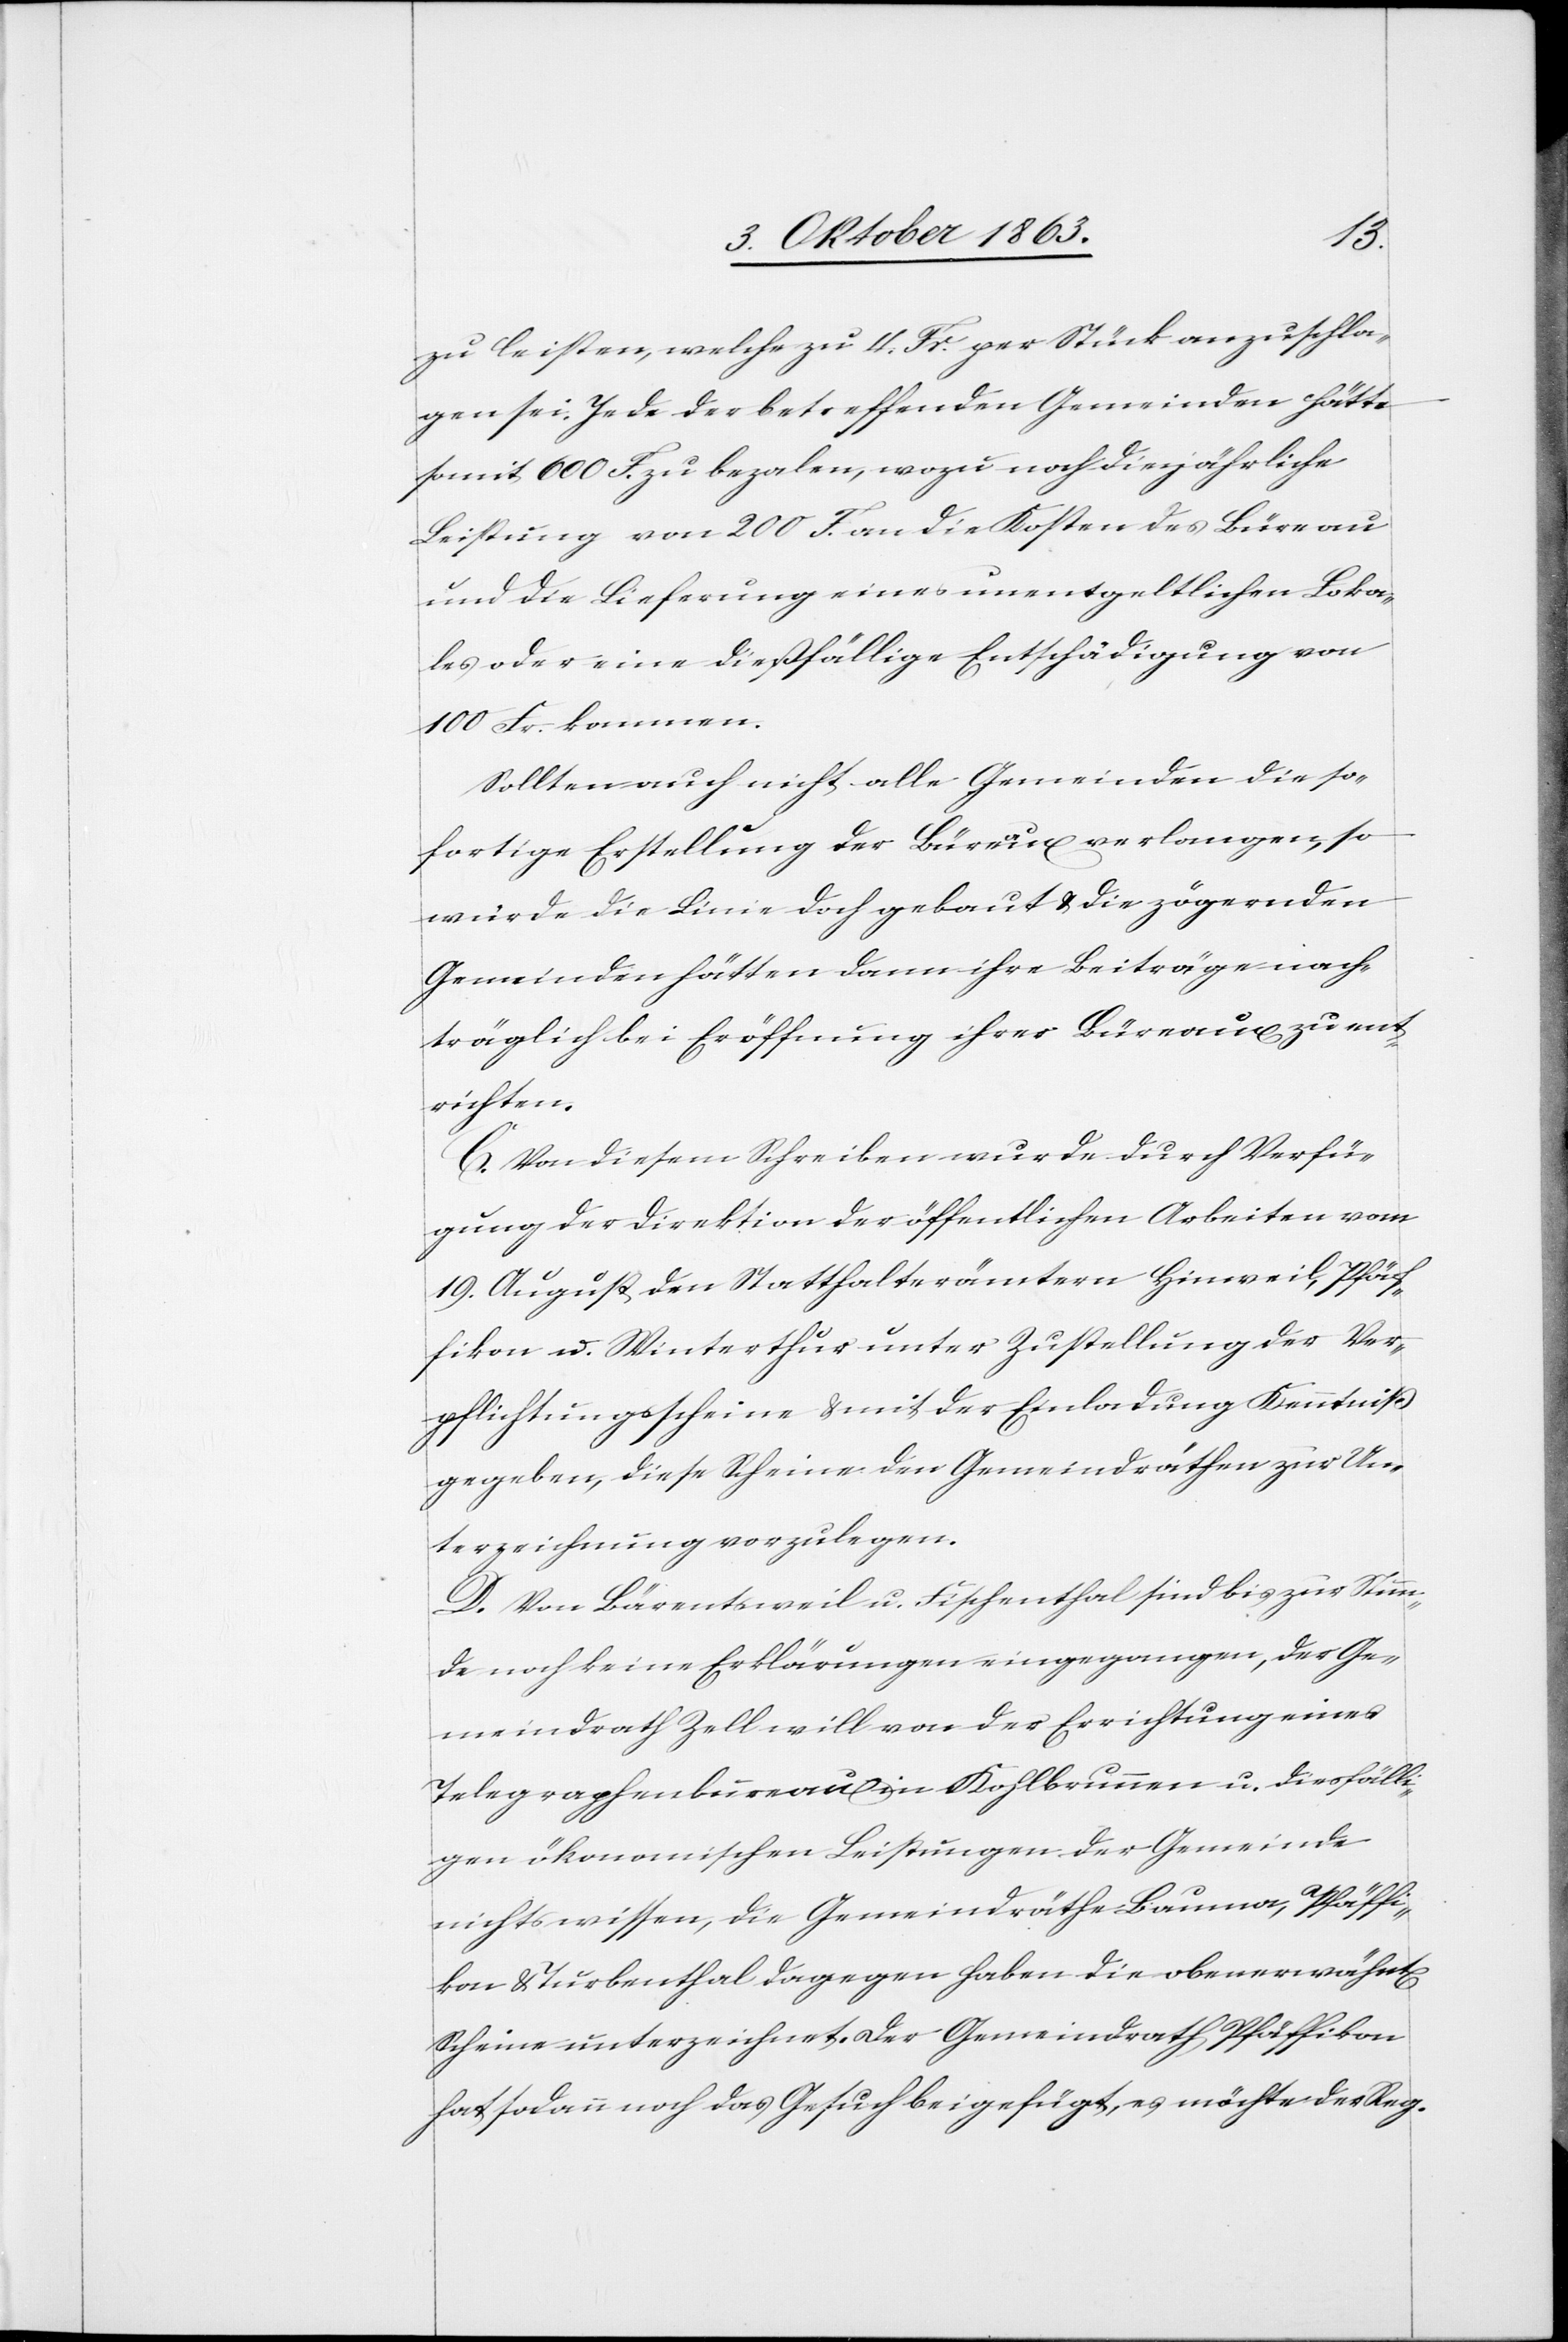
zu leisten, welche zu 4. Fr. per Stück anzuschla¬
gen sei. Jede der betreffenden Gemeinden hätte
somit 600 F. zu bezalen, wozu noch die jährliche
Leistung von 200 F. an die Kosten des Büreau
und die Lieferung eines unentgeltlichen Loka¬
les oder eine dießfällige Entschädigung von
100 Fr. kommen.
Sollten auch nicht alle Gemeinden die so¬
fortige Erstellung der Büreaux verlangen, so
würde die Linie doch gebaut & die zögernden
Gemeinden hätten dann ihre Beiträge nach¬
träglich bei Eröffnung ihrer Büreaux zu ent¬
richten.
C. Vor diesem Schreiben wurde durch Verfü¬
gung der Direktion der öffentlichen Arbeiten vom
19. August den Statthalterämtern Hinweil, Pfäf¬
fikon u. Winterthur unter Zustellung der Ver¬
pflichtungsscheine & mit der Einladung Kenntniß
gegeben, diese Scheine den Gemeindräthen zur Un¬
terzeichnung vorzulegen.
D. Von Bärentsweil u. Fischenthal sind bis zur Stun¬
de noch keine Erklärungen eingegangen, der Ge¬
meindrath Zell will von der Errichtung eines
Telegraphenbureaux in Kohlbrunnen u. diesfälli¬
gen ökonomischen Leistungen der Gemeinde
nichts wissen, die Gemeindräthe Bauma, Pfäffi¬
kon & Turbenthal dagegen haben die obenerwähnt[en]
Scheine unterzeichnet. Der Gemeindrath Pfäffikon
hat sodann noch das Gesuch beigefügt, es möchte der Reg.